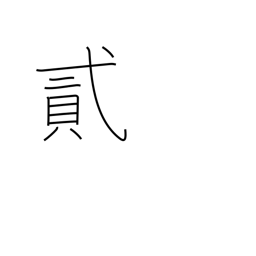
Meaning: two